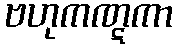
ဗဟုကဏ္ဋကာ